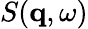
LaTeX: S(\mathbf{q},\omega)